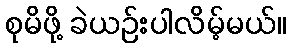
စုမိဖို့ ခဲယဉ်းပါလိမ့်မယ်။